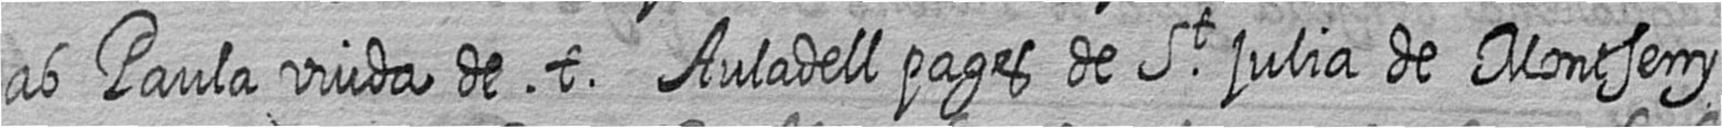
ab Paula viuda de t Auladell pages de St Julia de Montseny